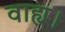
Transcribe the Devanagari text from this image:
वाह्य।